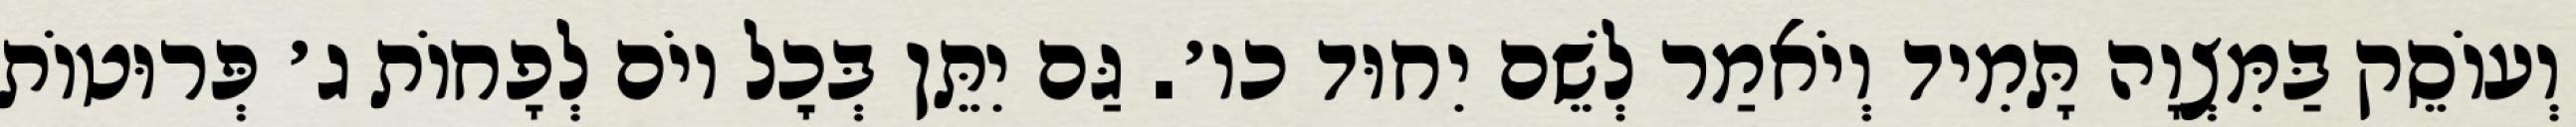
וְעוֹסֵק בַּמִּצְוָה תָּמִיד וְיֹאמַר לְשֵׁם יִחוּד כו׳. גַּם יִתֵּן בְּכׇל יוֹם לְפָחוֹת ג׳ פְּרוּטוֹת